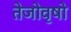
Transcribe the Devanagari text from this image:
तेजोवृषो